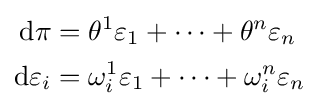
{\begin{aligned}\mathrm {d} \pi &=\theta ^{1}\varepsilon _{1}+\cdots +\theta ^{n}\varepsilon _{n}\\\mathrm {d} \varepsilon _{i}&=\omega _{i}^{1}\varepsilon _{1}+\cdots +\omega _{i}^{n}\varepsilon _{n}\end{aligned}}